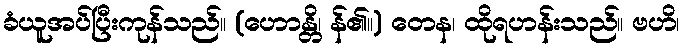
ခံယူအပ်ပြီးကုန်သည်။ (ဟောန္တိ၊ န်၏။) တေန၊ ထိုရဟန်းသည်။ ဗဟိ၊